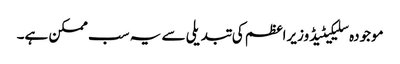
موجودہ سلیکیٹیڈ وزیراعظم کی تبدیلی سے یہ سب ممکن ہے۔